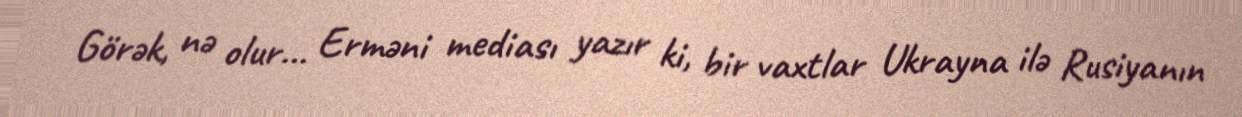
Görək, nə olur... Erməni mediası yazır ki, bir vaxtlar Ukrayna ilə Rusiyanın